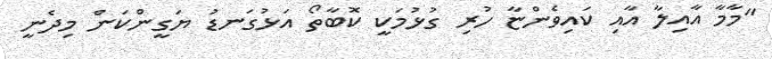
"މާމާ އާއިލާ އާއި ކައިވެންޏާ ހުރި ގުޅުމަކީ ކޮބާތޯ އަޅުގަނޑު ޔަގީންކަން މިދެނީ